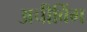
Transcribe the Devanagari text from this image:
अचीविंग